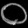
Digit: ၀